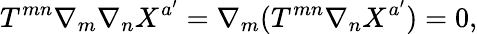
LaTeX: T^{mn}\nabla_{m}\nabla_{n}X^{a^{\prime}}=\nabla_{m}(T^{mn}\nabla_{n}X^{a^{\prime}})=0,